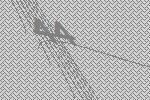
44